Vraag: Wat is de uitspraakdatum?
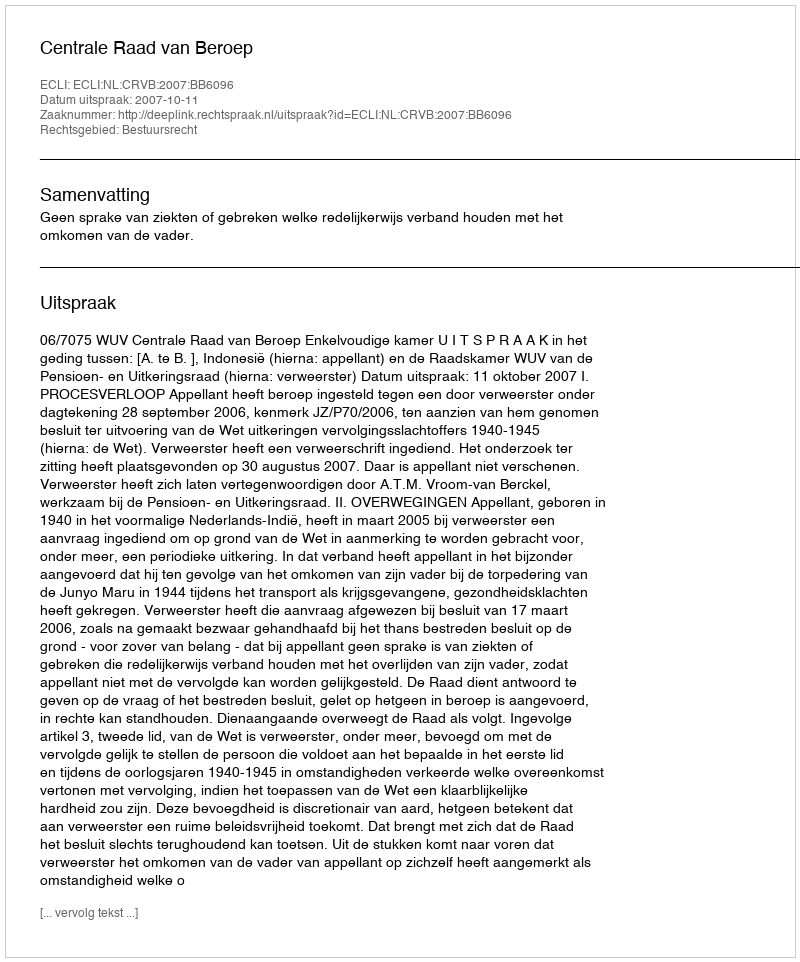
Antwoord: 2007-10-11